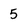
Character: 5